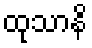
ထုသာနိ